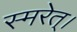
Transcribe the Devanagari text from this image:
स्मरेत्‌।